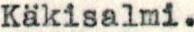
Käkisalmi.